Vaccination in the Punjab 1867-1880 - 1867-1880
Year: 1867
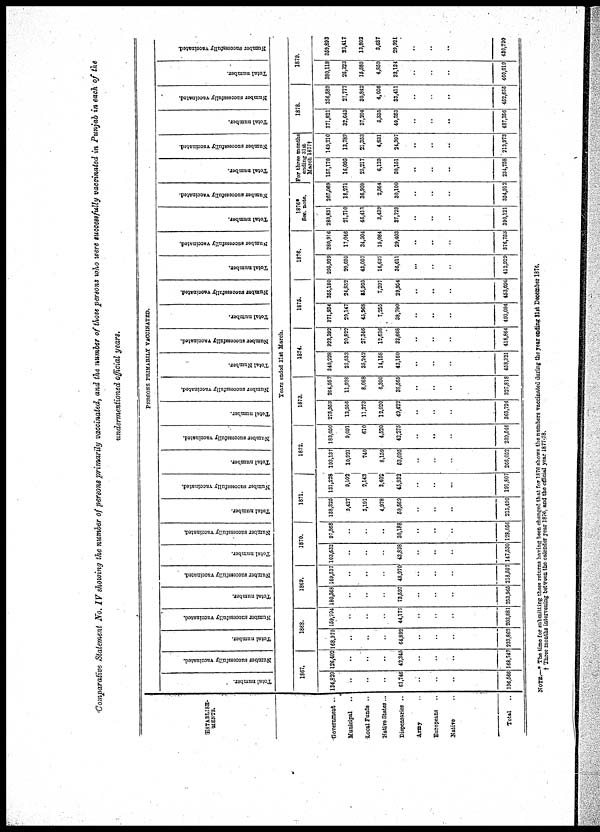
Comparative Statement No. IV showing the number of persons primarily vaccinated, and the number of those persons who were success fully vaccinated in Punjab in each of the
undermentioned official years.
ESTABLISH-
MEHTS.
Government ..
Municipal
Local Funds ..
Native States...
Dispensaries ..
Army ..
Europeans ..
Native ..
Total
..
PERSONS PRIMARILY VACCINATED.
Total number.
Number successfully vaccinated.
Total number.
Number successfully vaccinated.
Total number.
Number successfully vaccinated.
Total number.
Number successfully vaccinated.
Total number.
Number successfully vaccinated.
Total number.
Number successfully vaccinated.
Total number.
Number successfully vaccinated.
Total Number.
Number successfully vaccinated.
Total number.
Number successfully vaccinated.
Total number.
Number successfully vaccinated.
Total number.
Number successfully vaccinated.
Total number.
Number successfully vaccinated.
Total number.
Number successfully vaccinated.
Total number.
Number successfully vaccinated.
Years ended 31st March.
1867.
134,820
..
..
..
51,746
..
..
..
196,566
126,403
..
..
..
42,345
..
..
..
168,747
1868.
168,970
..
..
..
64,892
..
..
..
233,862
159,704
..
..
..
44,177
..
..
..
203,881
1869.
180,368
..
..
..
73,597
..
..
..
253,965
169,537
..
..
..
48,970
..
..
..
218,507
1870.
103,632
..
..
..
43,898
..
..
..
147,530
97,868
..
..
..
30,188
..
..
..
128,056
1871.
138,325
3,427
3,191
4,978
59,569
..
..
..
215,490
131,228
9,102
2,143
3,402
45,932
..
..
..
191,807
1872.
193,137
10,921
740
8,159
53,095
..
..
..
256,032
183,050
9,091
610
4,520
42,275
..
..
..
239,516
1873.
278,953
13,956
11,373
12,020
49,422
..
..
..
365,724
264,957
11,928
8,068
6,300
36,565
..
..
..
327,818
1874.
340,228
25,533
35,242
14,158
43,160
..
..
..
458,321
323,392
20,822
27,846
12,636
82,668
..
..
..
416,864
1875.
371,934
29,147
45,968
7,255
38,700
..
..
..
493,004
365,180
34,852
35,903
7,207
29,954
..
..
..
453,096
1875.
295,929
20,695
43,057
15,537
36,611
...
..
..
412,929
280,916
17,046
34,304
15,084
29,403
..
..
..
876,753
1876*
See. note.
280,831
21,710
46,413
3,439
37,728
..
..
..
390,121
267,069
18,271
36,908
2,564
30,100
..
..
..
354,912
For three months
ending 31st
March 1877†
157,170
16,095
25,217
6,125
30,151
..
..
..
234,758
149,210
13,782
21,353
4,631
24,997
..
..
..
213,973
1878.
871,821
32,643
37,204
5,335
40,363
..
..
..
487,356
356,589
27,777
30,842
4,036
33,411
..
..
..
452,655
1879.
380,118
26,323
15,585
4,859
33,134
..
..
..
460,019
369,893
23,417
13,802
3,687
29,921
..
..
..
430,720
NOTE.—* The time for submitting these returns having been changed that for 1876 shows the numbers vaccinated during the year ending 31st December 1876,
† Three months intervening between the calender year 1876, and the official year 1877-78.